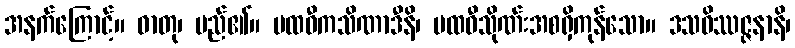
အနက်ကြောင့်။ ဓာတု၊ မည်၏။ ပထဝီကသိဏာဒီနိ၊ ပထဝီသိုဏ်းအစရှိကုန်သော။ ဒသဝိဿဇ္ဇနာနိ၊